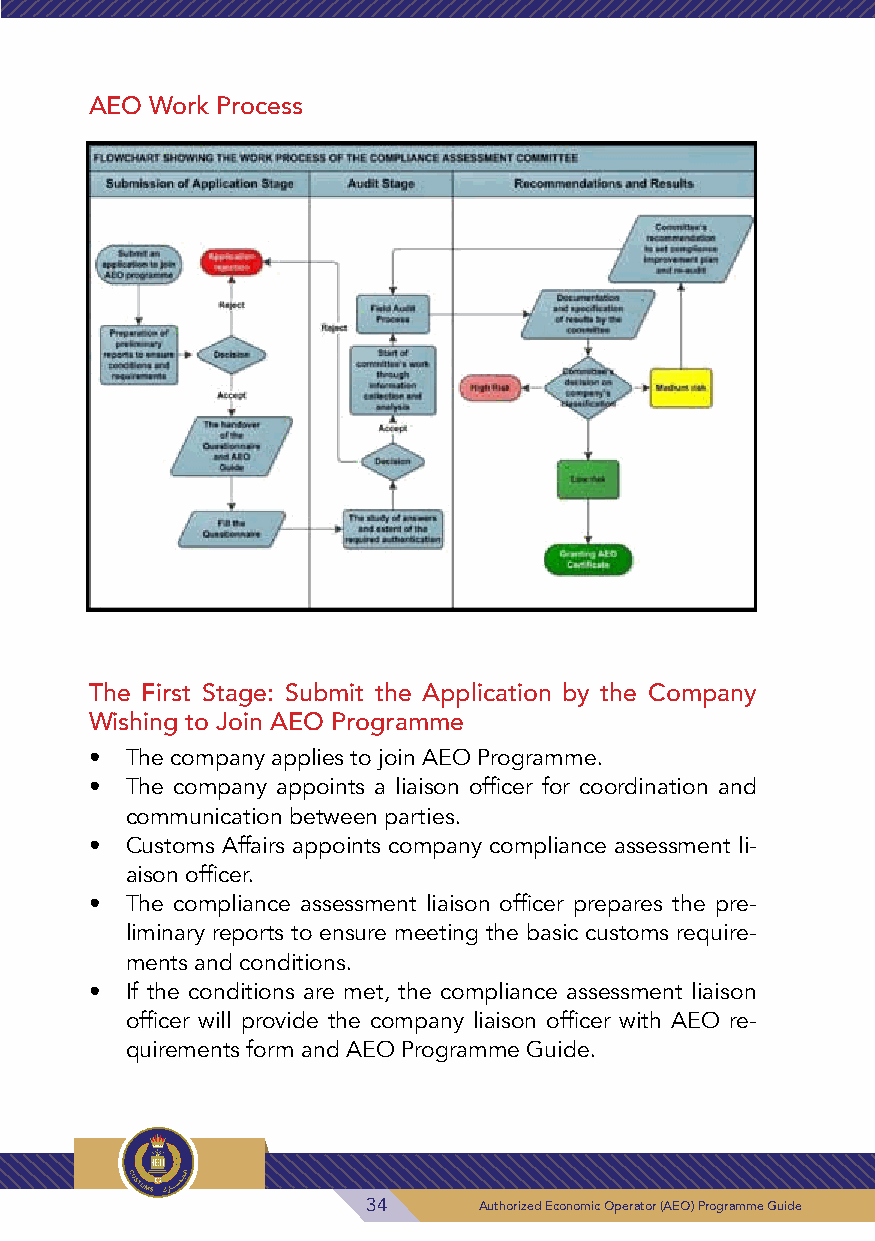
AEO Work Process
 ​​  ​​
 AEO Work Process
 The First Stage: Submit the Application by the Company
 Wishing to Join AEO Programme
 • The company applies to join AEO Programme.
 • The company appoints a liaison officer for coordination and
 communication between parties.
 • Customs Affairs appoints company compliance assessment li-
 aison officer.
 • The compliance assessment liaison officer prepares the pre-
 liminary reports to ensure meeting the basic customs require-
 ments and conditions.
 • If t 3h 1e Ac uo thon rid zei dt
 ​
 ​Eio con nos
 m
 ica
 ​
 ​Or pe
 e
 ram tore
 ​
 ​(At E,
 O
 t
 )​
 h ​Pre
 og
 rac mo mm
 e​
 ​Gp uil di ea nce assessment liaison
 officer will provide the company liaison officer with AEO re-
 quirements form and AEO Programme Guide.
 34      Authorized Economic Operator (AEO) Programme Guide